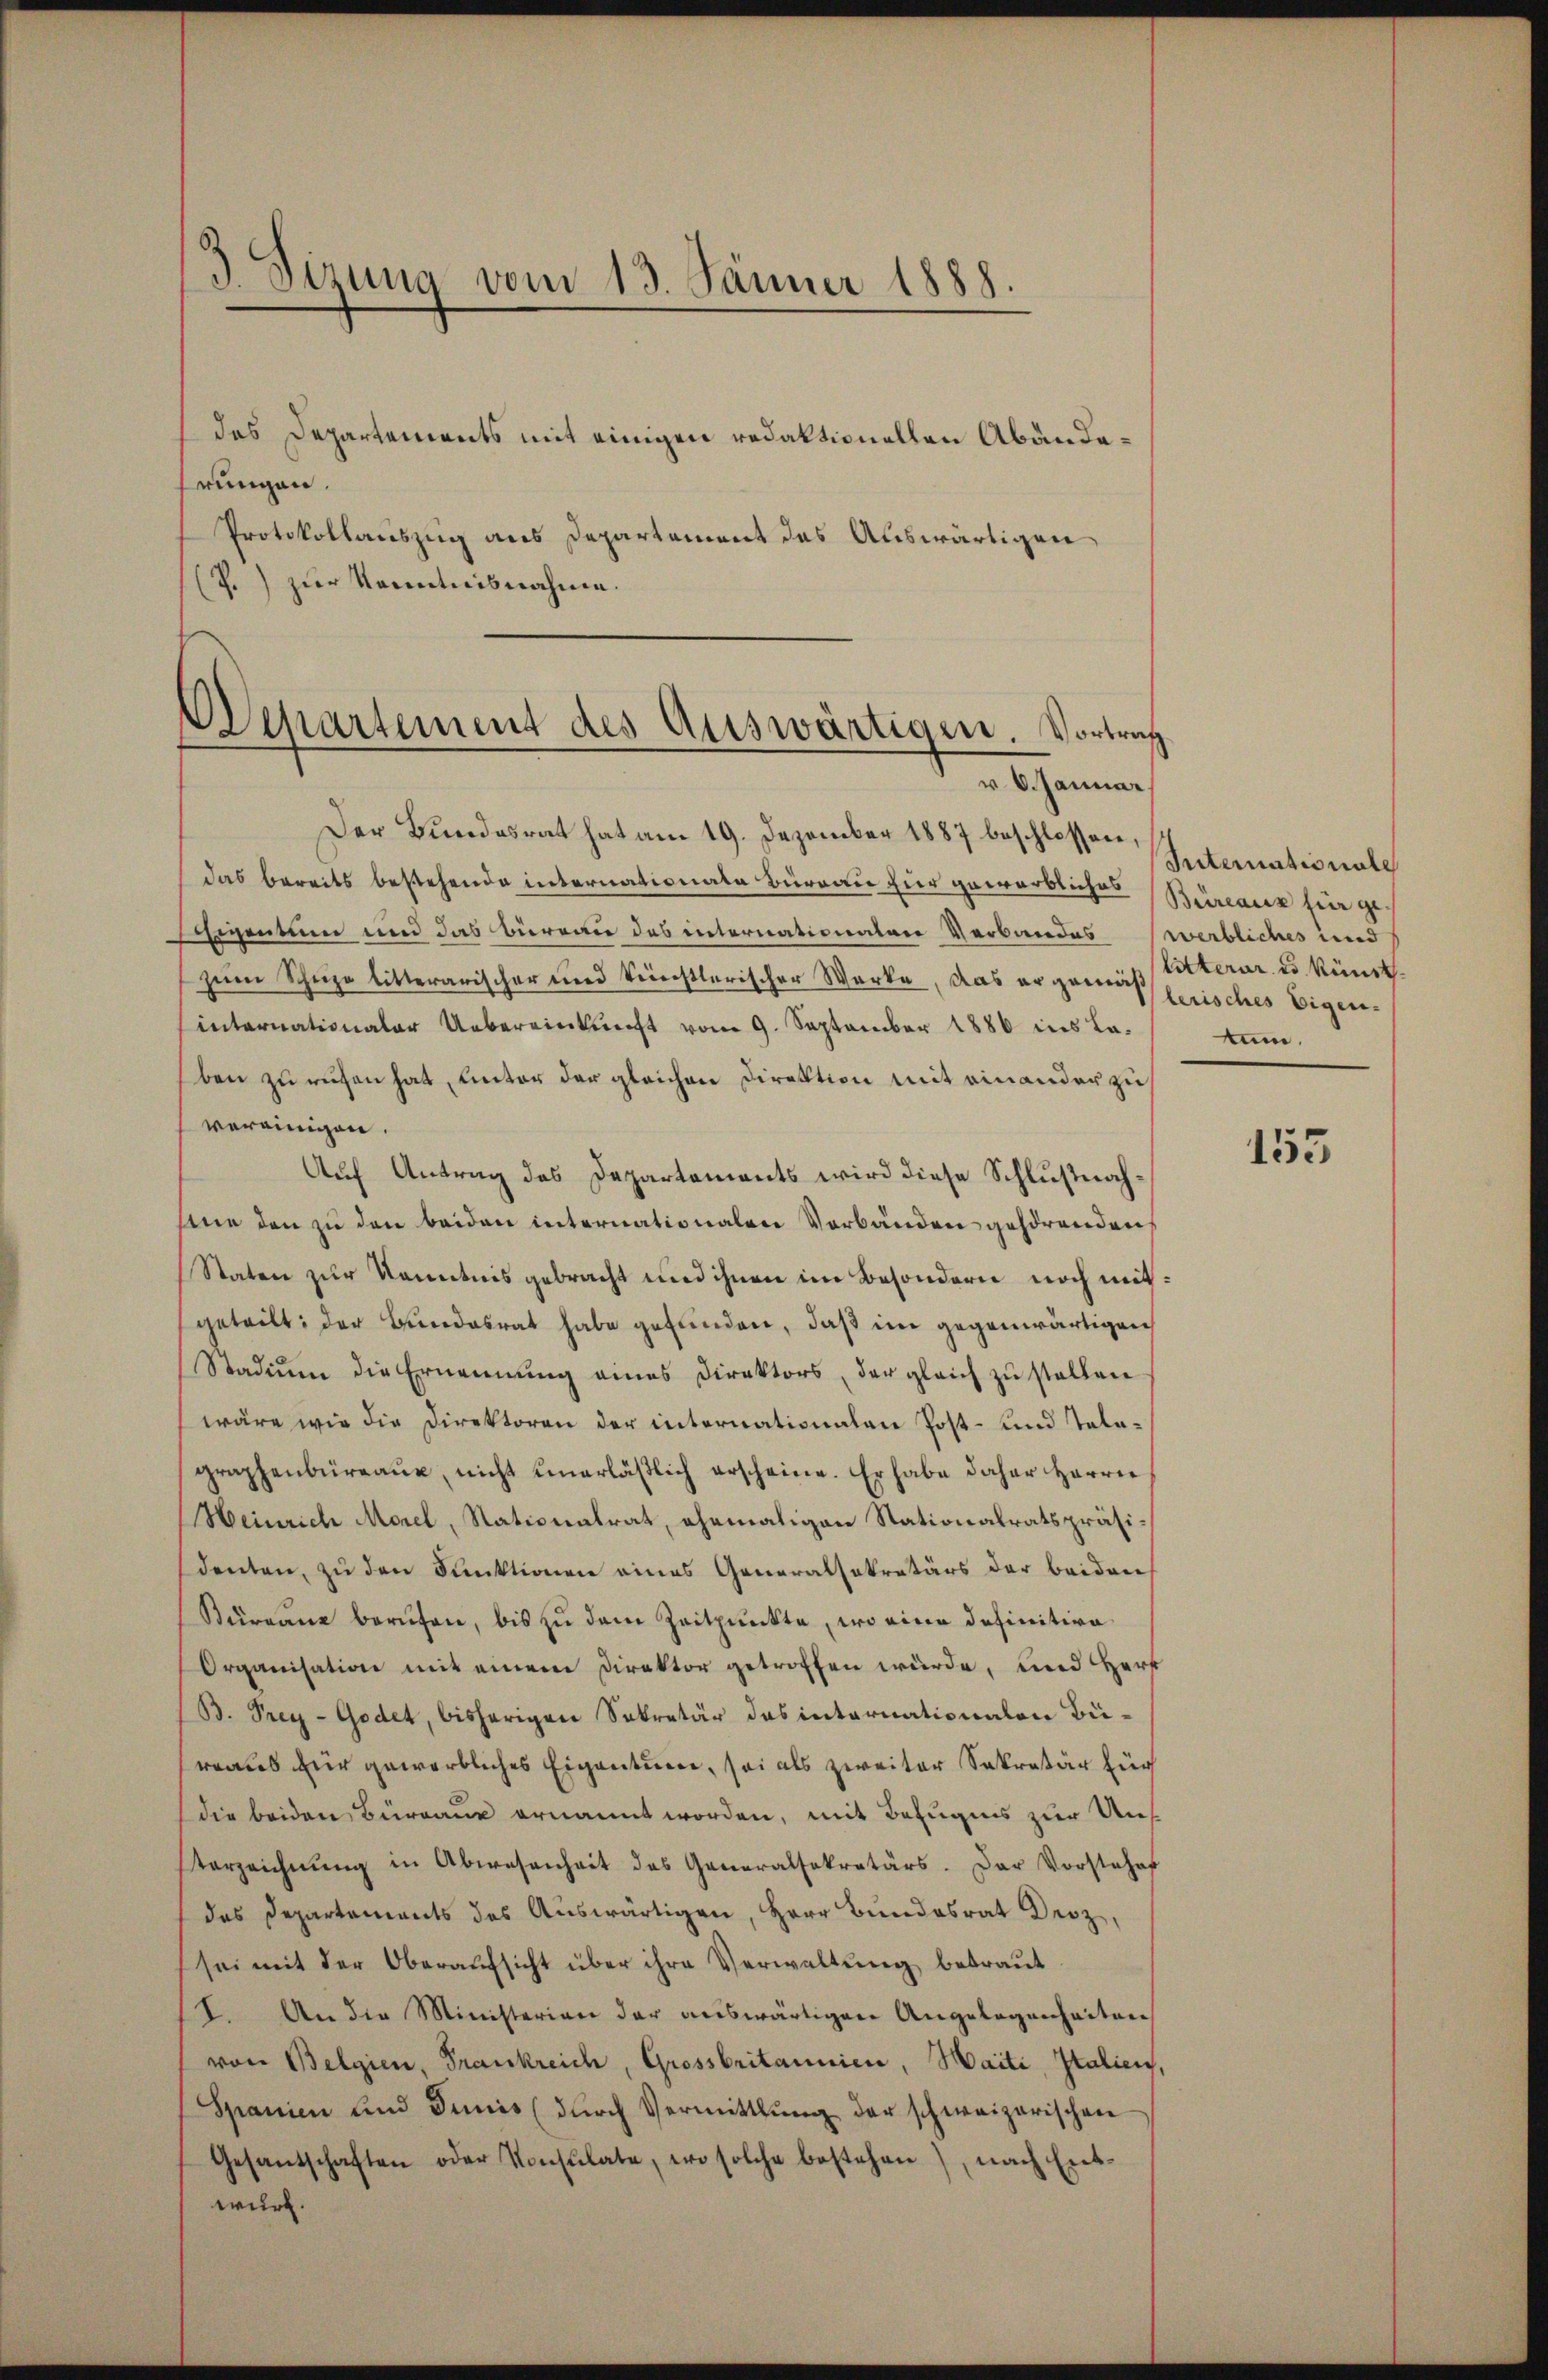
3 Sizung vom 13. Jänner 1888.

des Departements mit einigen redaktionellen Abänderungen.
Protokollauszug aus Departement des Auswärtigen,
(P.) zur Kenntnisnahme.
Der Bundesrat hat am 19. Dezember 1887 beschlossen,
das bereits bestehende internationate Bureau für geworbliches
Seegentum und das Büreau des internationalen Verbandes
zum Schuze litterarischer und künstlerischer Werke, das er genuß berisches Eigeninternationaler Uebereinkunft vom 9. September 1886 ins Laben zu rechen hat, unter der gleichen Direktion mit einander zu
vereinigen.
Auf Antrag des Departements wird diese Schlußnahsene den zu den beiden internationalen Verbänden gehörenden,
Staten zur Kenntnis gebracht und ihnen im Besondern noch mit:
geteilt; der Bundesrat habe gefunden, daß im gegenwärtigen
Stadium die Ernennung eines Direktors, der gleich zu stellen
wäre wie die Direktoren der internationalen Post- und Telegraphenbüreaux, nicht unerläßlich erscheine. Er habe daher Herrn
Heinrich Morel, Stationalrat, ehemaligen Stationalratspräsidenten, zu den Funktionen eines Generalsekretärs der beiden
Kurgane berufen, bis zu dem Zeitpunkte, wo eine definitive
Organisation mit einem Direktor getroffen würde, und Herr
B. Frey-Godet, bisherigen Sekretär des internationalen Büreaus für gewerbliches Eigentuen, sei als zweiter Sekretär für
die beiden Büreaux ernannt worden, mit Befugnis zur Unsterzeichnŭng in Abwesenheit des Generalsekretärs. Der Vorstehe
das Departements des Aŭswärtigen, Herr Bundesrat Droz,
sei mit der Oberaŭfsicht über ihre Verwaltŭng betraŭt
(2. An die Ministerian der auswärtigen Angelegenheiten
von Belgien, Frankreich, Grossbritannien, Haiti, Italien,
Spanien und Juniis (dŭrch Vermittlung der schweizerischen
Gesantschaften oder Konsulate, wo solche bestehen), nach Entwurf.

Departement des Auswärtigen. Vortrag
d ehemme

Internationale
Büreaux für ge-
werbliches und
litterar u. Künsttum.

155